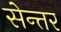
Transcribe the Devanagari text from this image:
सेन्तर